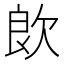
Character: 欴